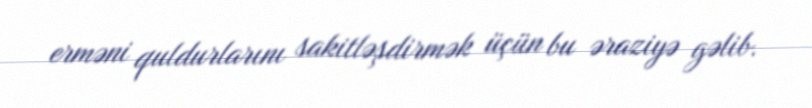
erməni quldurlarını sakitləşdirmək üçün bu əraziyə gəlib.